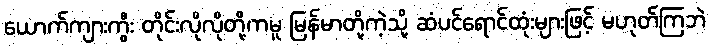
ယောက်ကျားကွီး တိုင်းလိုလိုတို့ကမူ မြန်မာတို့ကဲ့သို့ ဆံပင်ရောင်ထုံးများဖြင့် မဟုတ်ကြဘဲ